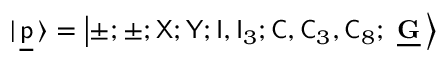
| \ \! \underline { { { \sf p } } } \ \! \rangle = \left| \pm ; \pm ; { \sf X } ; { \sf Y } ; { \sf I } , { \sf I } _ { 3 } ; { \sf C } , { \sf C } _ { 3 } , { \sf C } _ { 8 } ; \ \underline { { { \mathbf G } } } \ \! \right>